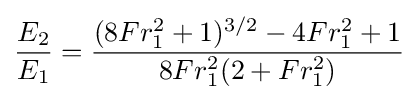
{E_{2} \over E_{1}}={(8Fr_{1}^{2}+1)^{3/2}-4Fr_{1}^{2}+1 \over 8Fr_{1}^{2}(2+Fr_{1}^{2})}